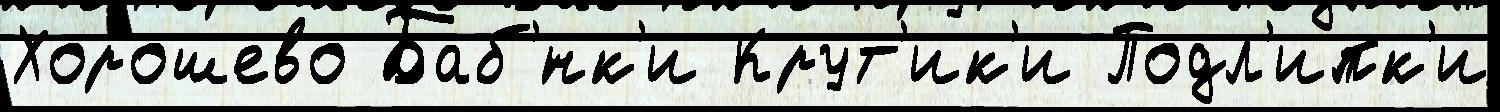
Хорошево Баб'́нк'и Крут'ик'и Подл'ипк'и